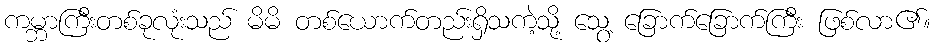
ကမ္ဘာကြီးတစ်ခုလုံးသည် မိမိ တစ်ယောက်တည်းရှိသကဲ့သို့ သွေ့ ခြောက်ခြောက်ကြီး ဖြစ်လာ၏။